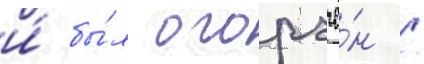
и́ бы́л огорчё́н /